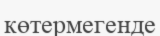
көтермегенде